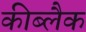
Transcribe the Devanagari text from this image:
कीब्लैक